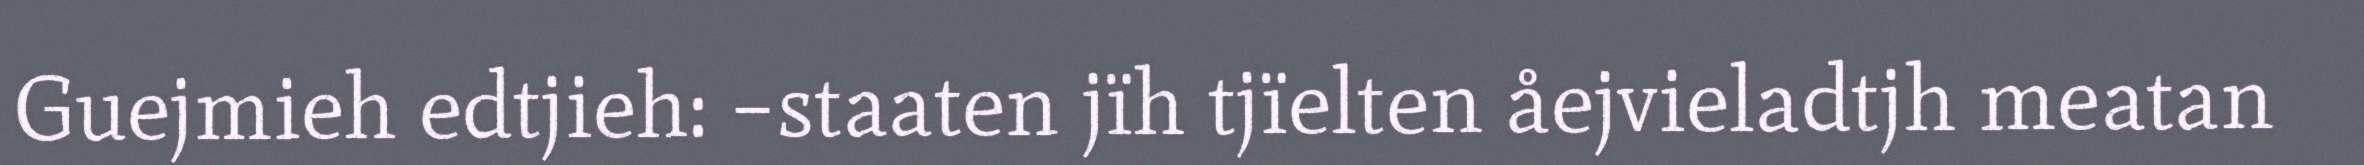
Guejmieh edtjieh: −staaten jïh tjïelten åejvieladtjh meatan